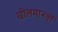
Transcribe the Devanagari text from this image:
चीलमानवों